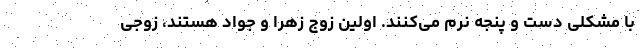
با مشکلی دست و پنجه نرم می‌کنند. اولین زوج زهرا و جواد هستند، زوجی